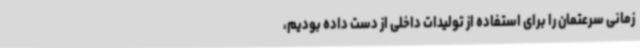
زمانی سرعتمان را برای استفاده از تولیدات داخلی از دست داده بودیم،